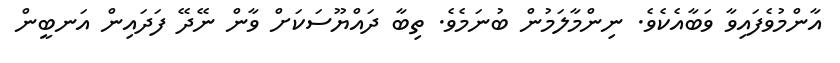
އާންމުވެފައިވާ ވަބާއެކެވެ. ނިންމާލަމުން ބުނަމެވެ. ތިބާ ދައްޔޫސަކަށް ވާން ނޭދޭ ފަދައިން އަނބީން